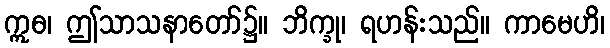
ဣဓ၊ ဤသာသနာတော်၌။ ဘိက္ခု၊ ရဟန်းသည်။ ကာမေဟိ၊